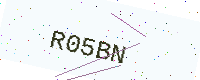
Text: R05BN